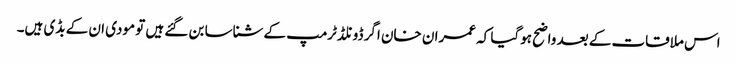
اس ملاقات کے بعد واضح ہوگیا کہ عمران خان اگر ڈونلڈ ٹرمپ کے شناسا بن گئے ہیں تو مودی ان کے بڈی ہیں۔